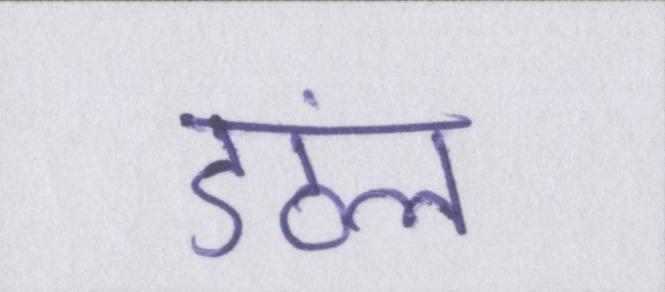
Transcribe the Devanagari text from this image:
डंठल